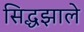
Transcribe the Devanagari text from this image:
सिद्धझाले